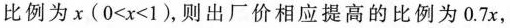
比例为x($$0 < x < 1$$)，则出厂价相应提高的比例为0.7x，